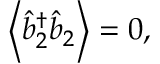
\left\langle \hat { b } _ { 2 } ^ { \dagger } \hat { b } _ { 2 } \right\rangle = 0 ,